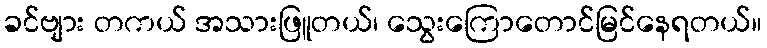
ခင်ဗျား တကယ် အသားဖြူတယ်၊ သွေးကြောတောင်မြင်နေရတယ်။